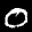
Label: 0